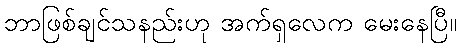
ဘာဖြစ်ချင်သနည်းဟု အက်ရှလေက မေးနေပြီ။